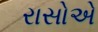
રાસોએ